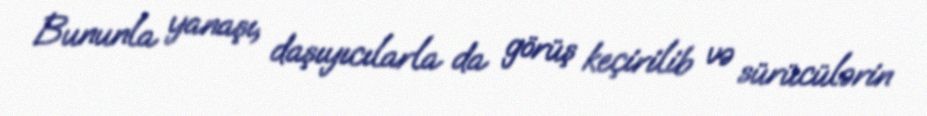
Bununla yanaşı, daşıyıcılarla da görüş keçirilib və sürücülərin